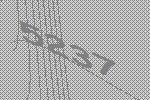
5237